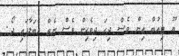
ޔޫ ޓިއުބް އިން ވެސް ދިހަ ދިވެހިން ވެސް ނެތް އެބަލާފައި ދޯ.